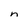
Character: n